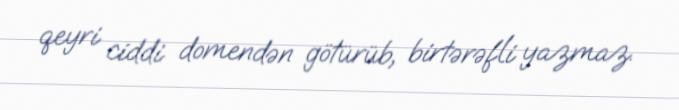
qeyri ciddi domendən götürüb, birtərəfli yazmaz.